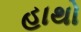
હાથો